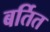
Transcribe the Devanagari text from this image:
बर्तित